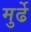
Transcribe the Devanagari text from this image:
मुर्ढे